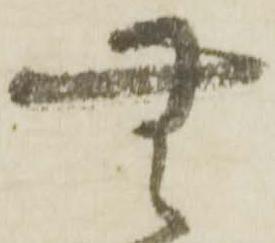
無